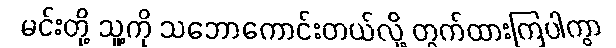
မင်းတို့ သူ့ကို သဘောကောင်းတယ်လို့ တွက်ထားကြပါကွာ